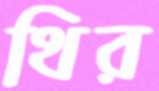
থির